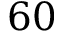
6 0